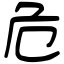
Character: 危